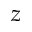
z